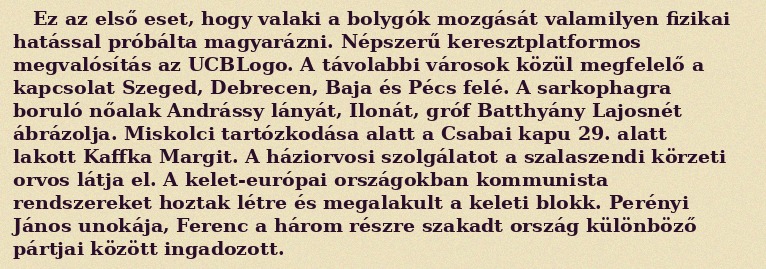
Ez az első eset, hogy valaki a bolygók mozgását valamilyen fizikai hatással próbálta magyarázni. Népszerű keresztplatformos megvalósítás az UCBLogo. A távolabbi városok közül megfelelő a kapcsolat Szeged, Debrecen, Baja és Pécs felé. A sarkophagra boruló nőalak Andrássy lányát, Ilonát, gróf Batthyány Lajosnét ábrázolja. Miskolci tartózkodása alatt a Csabai kapu 29. alatt lakott Kaffka Margit. A háziorvosi szolgálatot a szalaszendi körzeti orvos látja el. A kelet-európai országokban kommunista rendszereket hoztak létre és megalakult a keleti blokk. Perényi János unokája, Ferenc a három részre szakadt ország különböző pártjai között ingadozott.